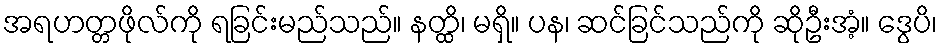
အရဟတ္တဖိုလ်ကို ရခြင်းမည်သည်။ နတ္ထိ၊ မရှိ။ ပန၊ ဆင်ခြင်သည်ကို ဆိုဦးအံ့။ ဒွေပိ၊